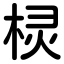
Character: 棂